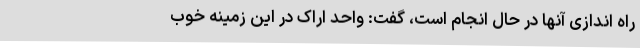
راه اندازی آنها در حال انجام است، گفت: واحد اراک در این زمینه خوب